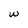
Character: w